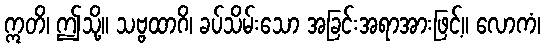
ဣတိ၊ ဤသို့။ သဗ္ဗထာဂိ၊ ခပ်သိမ်းသော အခြင်းအရာအားဖြင့်။ လောကံ၊